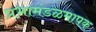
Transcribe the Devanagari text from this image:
प्रभामंडळमापक